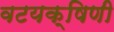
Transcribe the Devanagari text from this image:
वटयक्षिणी